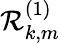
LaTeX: \mathcal{R}_{k,m}^{(1)}